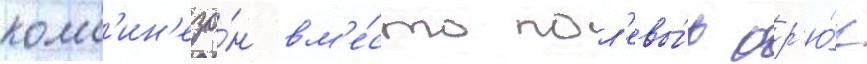
комб'ин'езо́н вм'е́сто пол'евы́х бр'ю́к